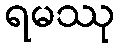
ရမဿု